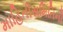
માહિતીસમિતિની